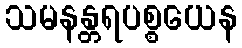
သမနန္တရပစ္စယေန